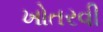
ખોતરવી